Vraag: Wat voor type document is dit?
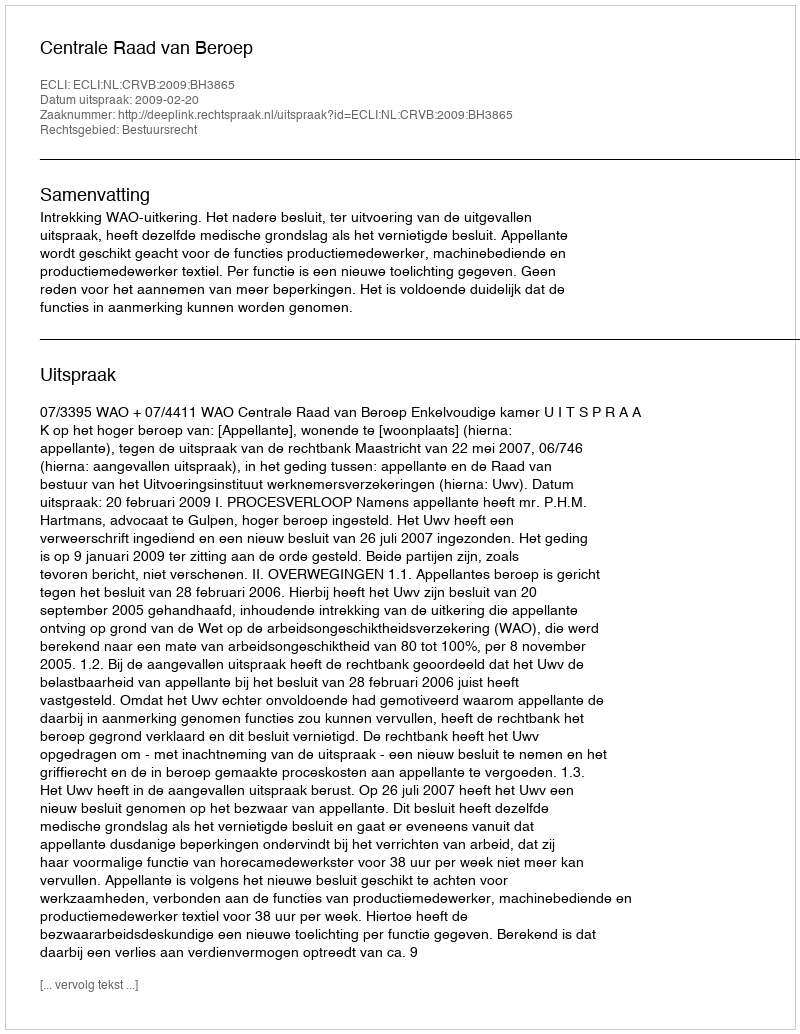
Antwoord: Uitspraak